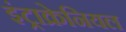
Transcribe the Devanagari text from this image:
इंट्राक्रेनियल